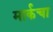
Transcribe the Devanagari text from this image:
मार्कचा